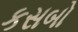
કસબો